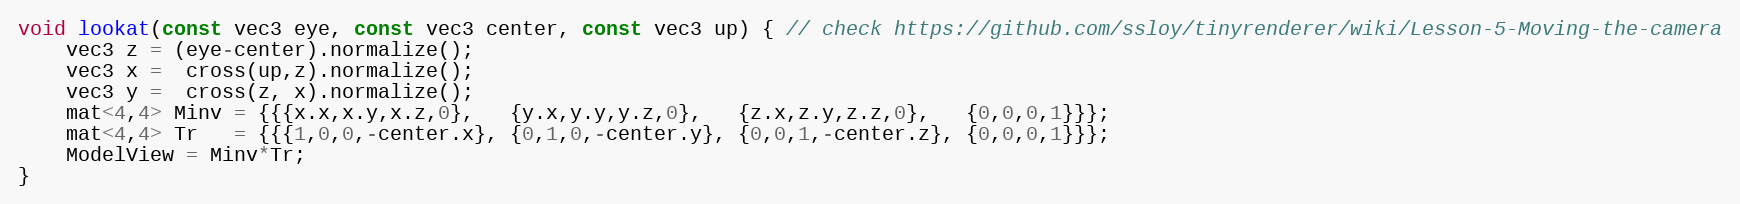
Language: C++
void lookat(const vec3 eye, const vec3 center, const vec3 up) { // check https://github.com/ssloy/tinyrenderer/wiki/Lesson-5-Moving-the-camera
    vec3 z = (eye-center).normalize();
    vec3 x =  cross(up,z).normalize();
    vec3 y =  cross(z, x).normalize();
    mat<4,4> Minv = {{{x.x,x.y,x.z,0},   {y.x,y.y,y.z,0},   {z.x,z.y,z.z,0},   {0,0,0,1}}};
    mat<4,4> Tr   = {{{1,0,0,-center.x}, {0,1,0,-center.y}, {0,0,1,-center.z}, {0,0,0,1}}};
    ModelView = Minv*Tr;
}